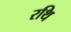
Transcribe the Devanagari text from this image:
रथि